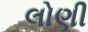
લોણી